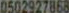
0502927868